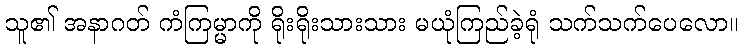
သူ၏ အနာဂတ် ကံကြမ္မာကို ရိုးရိုးသားသား မယုံကြည်ခဲ့ရုံ သက်သက်ပေလော။